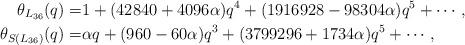
LaTeX: \begin{align*}\theta_{L_{36}}(q) =&1 + (42840 + 4096 \alpha)q^4 +(1916928 - 98304 \alpha)q^5+ \cdots,\\\theta_{S(L_{36})}(q) =&\alpha q + (960 - 60 \alpha) q^3 + (3799296 + 1734 \alpha)q^5+ \cdots,\end{align*}